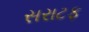
સરાટફ